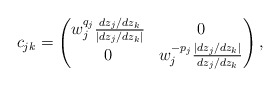
\begin{align*}c_{jk} = \begin{pmatrix} w_j^{q_j}\frac{dz_j/dz_k}{|dz_j/dz_k|} & 0 \\ 0 & w_j^{-p_j}\frac{|dz_j/dz_k|}{dz_j/dz_k} \end{pmatrix},\end{align*}